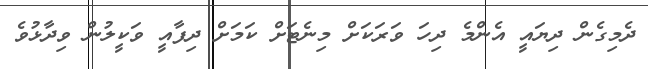
ދެމިގެން ދިޔައީ އެންމެ ދިހަ ވަރަކަށް މިނެޓަށް ކަމަށް ދިފާއީ ވަކީލުން ވިދާޅުވެ